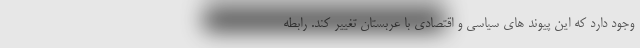
وجود دارد که این پیوند های سیاسی و اقتصادی با عربستان تغییر کند. رابطه